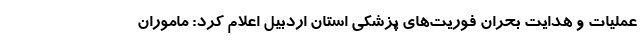
عملیات و هدایت بحران فوریت‌های پزشکی استان اردبیل اعلام کرد: ماموران